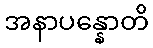
အနာပန္နောတိ